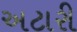
અટારી